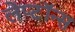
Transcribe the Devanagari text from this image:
लेप्टॉन्स